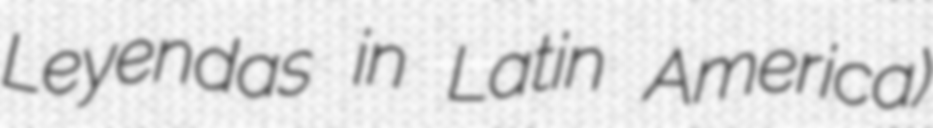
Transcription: Leyendas in Latin America)